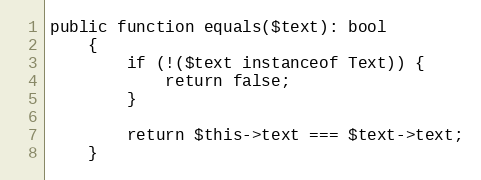
Language: PHP
public function equals($text): bool
    {
        if (!($text instanceof Text)) {
            return false;
        }

        return $this->text === $text->text;
    }